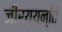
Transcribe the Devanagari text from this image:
जीर्य्यन्ति